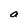
Character: a